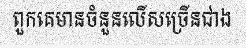
ពួកគេមានចំនួនលើសច្រើនជាង